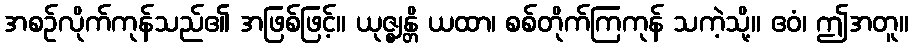
အစဉ်လိုက်ကုန်သည်၏ အဖြစ်ဖြင့်။ ယုဇ္ဈန္တိ ယထာ၊ စစ်တိုက်ကြကုန် သကဲ့သို့။ ဧဝံ၊ ဤအတူ။